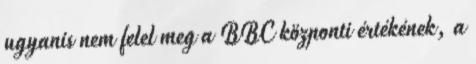
ugyanis nem felel meg a BBC központi értékének, a